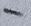
Text: -